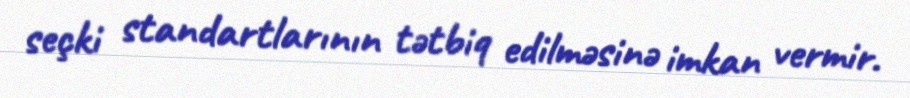
seçki standartlarının tətbiq edilməsinə imkan vermir.